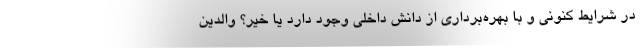
در شرایط کنونی و با بهره‌برداری از دانش داخلی وجود دارد یا خیر؟ والدین